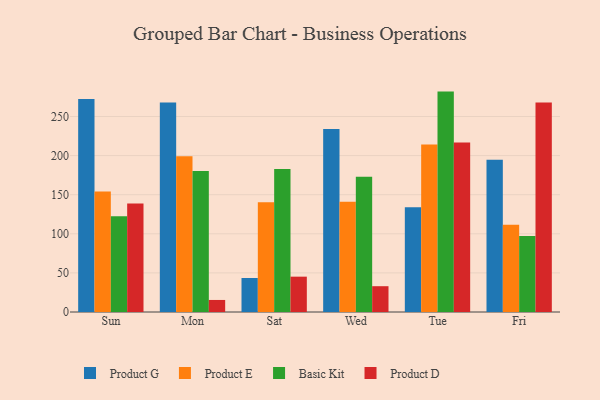
{"axis": {"x": "Day", "y": "LTV (USD)"}, "legend": ["Basic Kit", "Product D", "Product E", "Product G"], "data": [{"x": "Sun", "y": 272.5, "type": "Product G"}, {"x": "Sun", "y": 154.0, "type": "Product E"}, {"x": "Sun", "y": 122.5, "type": "Basic Kit"}, {"x": "Sun", "y": 138.9, "type": "Product D"}, {"x": "Mon", "y": 268.1, "type": "Product G"}, {"x": "Mon", "y": 199.3, "type": "Product E"}, {"x": "Mon", "y": 180.3, "type": "Basic Kit"}, {"x": "Mon", "y": 15.4, "type": "Product D"}, {"x": "Sat", "y": 43.5, "type": "Product G"}, {"x": "Sat", "y": 140.3, "type": "Product E"}, {"x": "Sat", "y": 182.9, "type": "Basic Kit"}, {"x": "Sat", "y": 45.2, "type": "Product D"}, {"x": "Wed", "y": 234.2, "type": "Product G"}, {"x": "Wed", "y": 141.0, "type": "Product E"}, {"x": "Wed", "y": 172.9, "type": "Basic Kit"}, {"x": "Wed", "y": 33.0, "type": "Product D"}, {"x": "Tue", "y": 133.9, "type": "Product G"}, {"x": "Tue", "y": 214.3, "type": "Product E"}, {"x": "Tue", "y": 281.9, "type": "Basic Kit"}, {"x": "Tue", "y": 216.7, "type": "Product D"}, {"x": "Fri", "y": 194.7, "type": "Product G"}, {"x": "Fri", "y": 111.5, "type": "Product E"}, {"x": "Fri", "y": 97.1, "type": "Basic Kit"}, {"x": "Fri", "y": 268.0, "type": "Product D"}]}